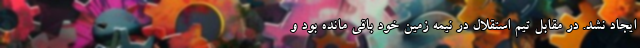
ایجاد نشد. در مقابل تیم استقلال در نیمه زمین خود باقی مانده بود و